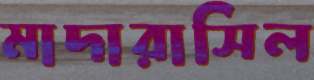
মাদারাসিল